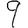
Digit: 9